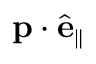
\mathbf { p } \cdot \hat { \mathbf { e } } _ { \parallel }